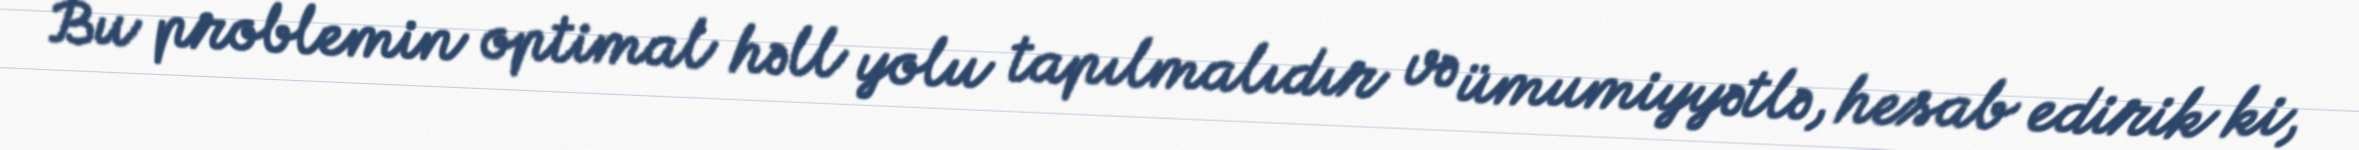
Bu problemin optimal həll yolu tapılmalıdır və ümumiyyətlə, hesab edirik ki,